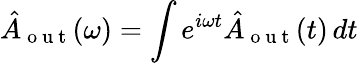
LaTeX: \hat{A}_{\mathrm{~o~u~t~}}(\omega)=\int e^{i\omega t}\hat{A}_{\mathrm{~o~u~t~}}(t)\, dt